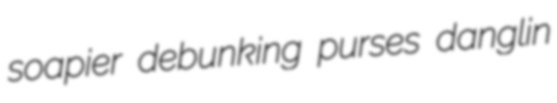
soapier debunking purses danglin